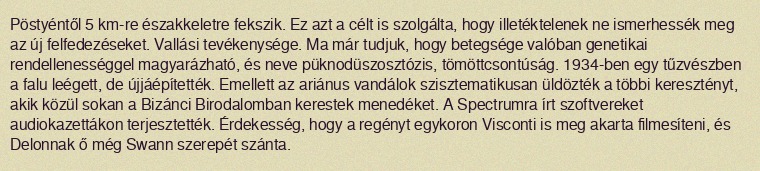
Pöstyéntől 5 km-re északkeletre fekszik. Ez azt a célt is szolgálta, hogy illetéktelenek ne ismerhessék meg az új felfedezéseket. Vallási tevékenysége. Ma már tudjuk, hogy betegsége valóban genetikai rendellenességgel magyarázható, és neve püknodüszosztózis, tömöttcsontúság. 1934-ben egy tűzvészben a falu leégett, de újjáépítették. Emellett az ariánus vandálok szisztematikusan üldözték a többi keresztényt, akik közül sokan a Bizánci Birodalomban kerestek menedéket. A Spectrumra írt szoftvereket audiokazettákon terjesztették. Érdekesség, hogy a regényt egykoron Visconti is meg akarta filmesíteni, és Delonnak ő még Swann szerepét szánta.